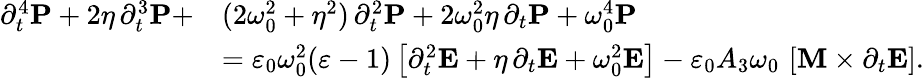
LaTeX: \begin{array}{rl}{\partial_{t}^{4}\boldsymbol{\mathbf{P}}+2\eta\, \partial_{t}^{3}\boldsymbol{\mathbf{P}}+}&{(2\omega_{0}^{2}+\eta^{2})\, \partial_{t}^{2}\boldsymbol{\mathbf{P}}+2\omega_{0}^{2}\eta\, \partial_{t}\boldsymbol{\mathbf{P}}+\omega_{0}^{4}\boldsymbol{\mathbf{P}}}\\ &{=\varepsilon_{0}\omega_{0}^{2}(\varepsilon-1)\left[\partial_{t}^{2}\boldsymbol{\mathbf{E}}+\eta\, \partial_{t}\boldsymbol{\mathbf{E}}+\omega_{0}^{2}\boldsymbol{\mathbf{E}}\right]-\varepsilon_{0}A_{3}\omega_{0}\, \left[\boldsymbol{\boldsymbol{\mathbf{M}}}\times\partial_{t}\boldsymbol{\mathbf{E}}\right].}\end{array}